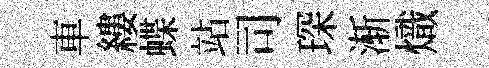
車縷蝶站司琛渐熾